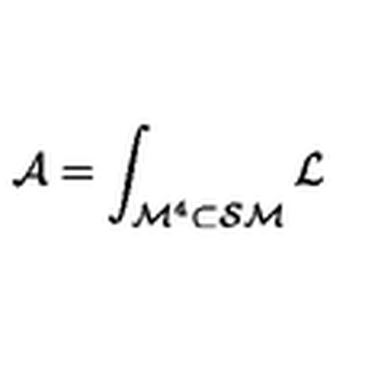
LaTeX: { \cal A } = \int _ { { \cal M } ^ { 4 } \subset { \cal S M } } { \cal L }